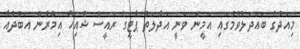
މިއަދުގެ ބައްދަލުވުމުގައި އަމީން ވަނީ އަދާލަތު ޕާޓީގެ ރައީސް ޝެއިހް އިމްރާން އަބްދުއާ